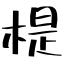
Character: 㮛